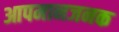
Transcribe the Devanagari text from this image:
आपमानजनक